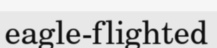
eagle-flighted